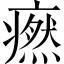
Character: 𤺱